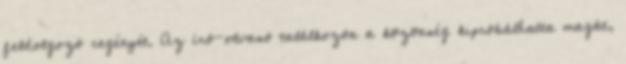
feldolgozó regényét. Az író-olvasó találkozón a közönség kipróbálhatta magát,